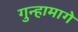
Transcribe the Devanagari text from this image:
गुन्हामागे